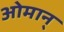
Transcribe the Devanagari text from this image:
ओमान्